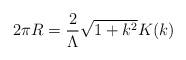
LaTeX: \begin{align*}2\pi R=\frac{2}{\Lambda}\sqrt{1+k^2}K(k)\end{align*}